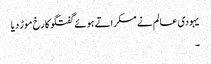
یہودی عالم نے مسکراتے ہوئے گفتگو کا رخ موڑ دیا
۔